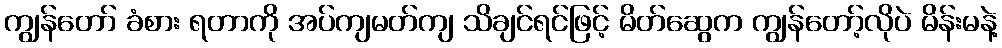
ကျွန်တော် ခံစား ရတာကို အပ်ကျမတ်ကျ သိချင်ရင်ဖြင့် မိတ်ဆွေက ကျွန်တော့်လိုပဲ မိန်းမနဲ့